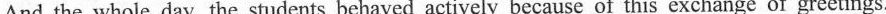
And the whole day, the students behaved actively because of this exchange of greetings.